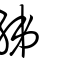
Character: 綈